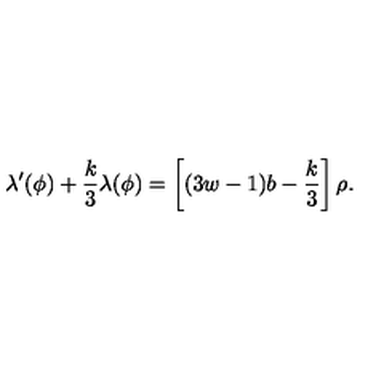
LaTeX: \lambda ^ { \prime } ( \phi ) + { \frac { k } { 3 } } \lambda ( \phi ) = \left[ ( 3 w - 1 ) b - { \frac { k } { 3 } } \right] \rho .